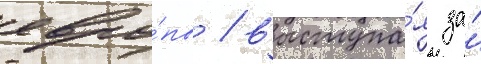
евро́пы / выступа́я за́